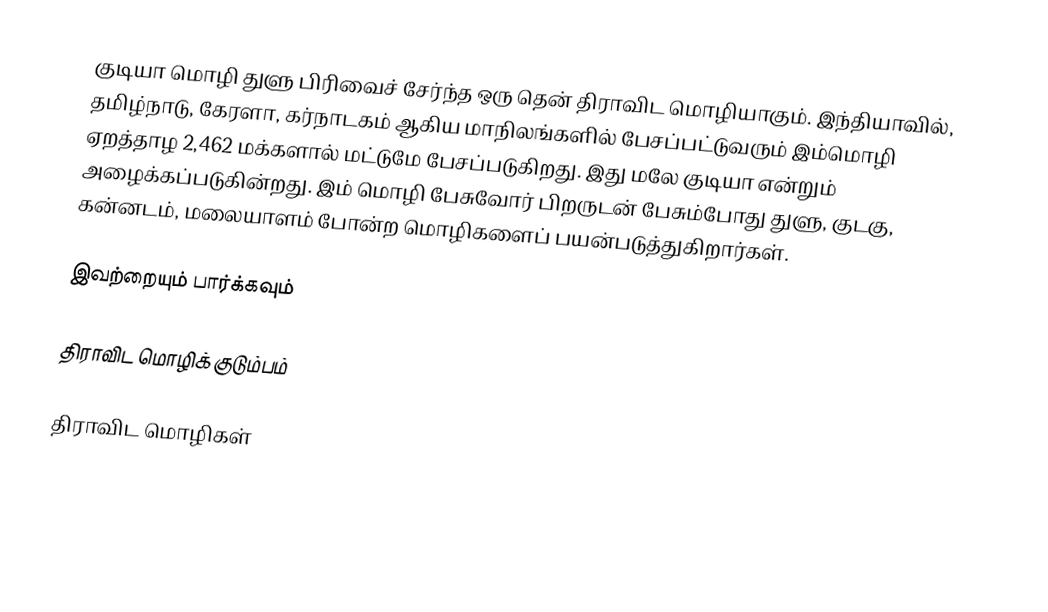
குடியா மொழி துளு பிரிவைச் சேர்ந்த ஒரு தென் திராவிட மொழியாகும். இந்தியாவில், தமிழ்நாடு, கேரளா, கர்நாடகம் ஆகிய மாநிலங்களில் பேசப்பட்டுவரும் இம்மொழி ஏறத்தாழ 2,462 மக்களால் மட்டுமே பேசப்படுகிறது. இது மலே குடியா என்றும் அழைக்கப்படுகின்றது. இம் மொழி பேசுவோர் பிறருடன் பேசும்போது துளு, குடகு, கன்னடம், மலையாளம் போன்ற மொழிகளைப் பயன்படுத்துகிறார்கள்.

இவற்றையும் பார்க்கவும்

 திராவிட மொழிக் குடும்பம்

திராவிட மொழிகள்